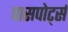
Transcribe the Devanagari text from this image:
पासपोर्ट्स